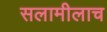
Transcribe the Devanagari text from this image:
सलामीलाच